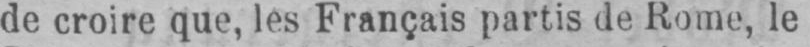
de croire que, les Français partis de Rome, le